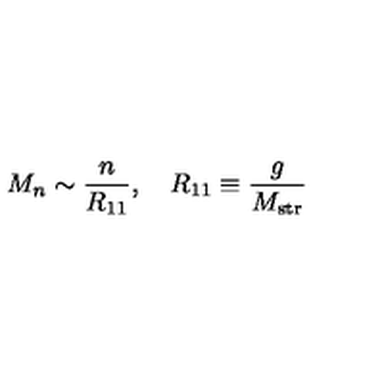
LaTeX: M _ { n } \sim \frac { n } { R _ { 1 1 } } , \quad R _ { 1 1 } \equiv \frac { g } { M _ { \mathrm { s t r } } }